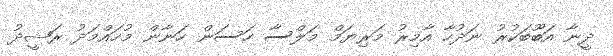
ދީނާ އަބޫބަކުރު ނަދުހާ އާމިރު މަރިޔަމް މަލްސާ ހަސަން ހަނާން މުހައްމަދު ރަޝީދު